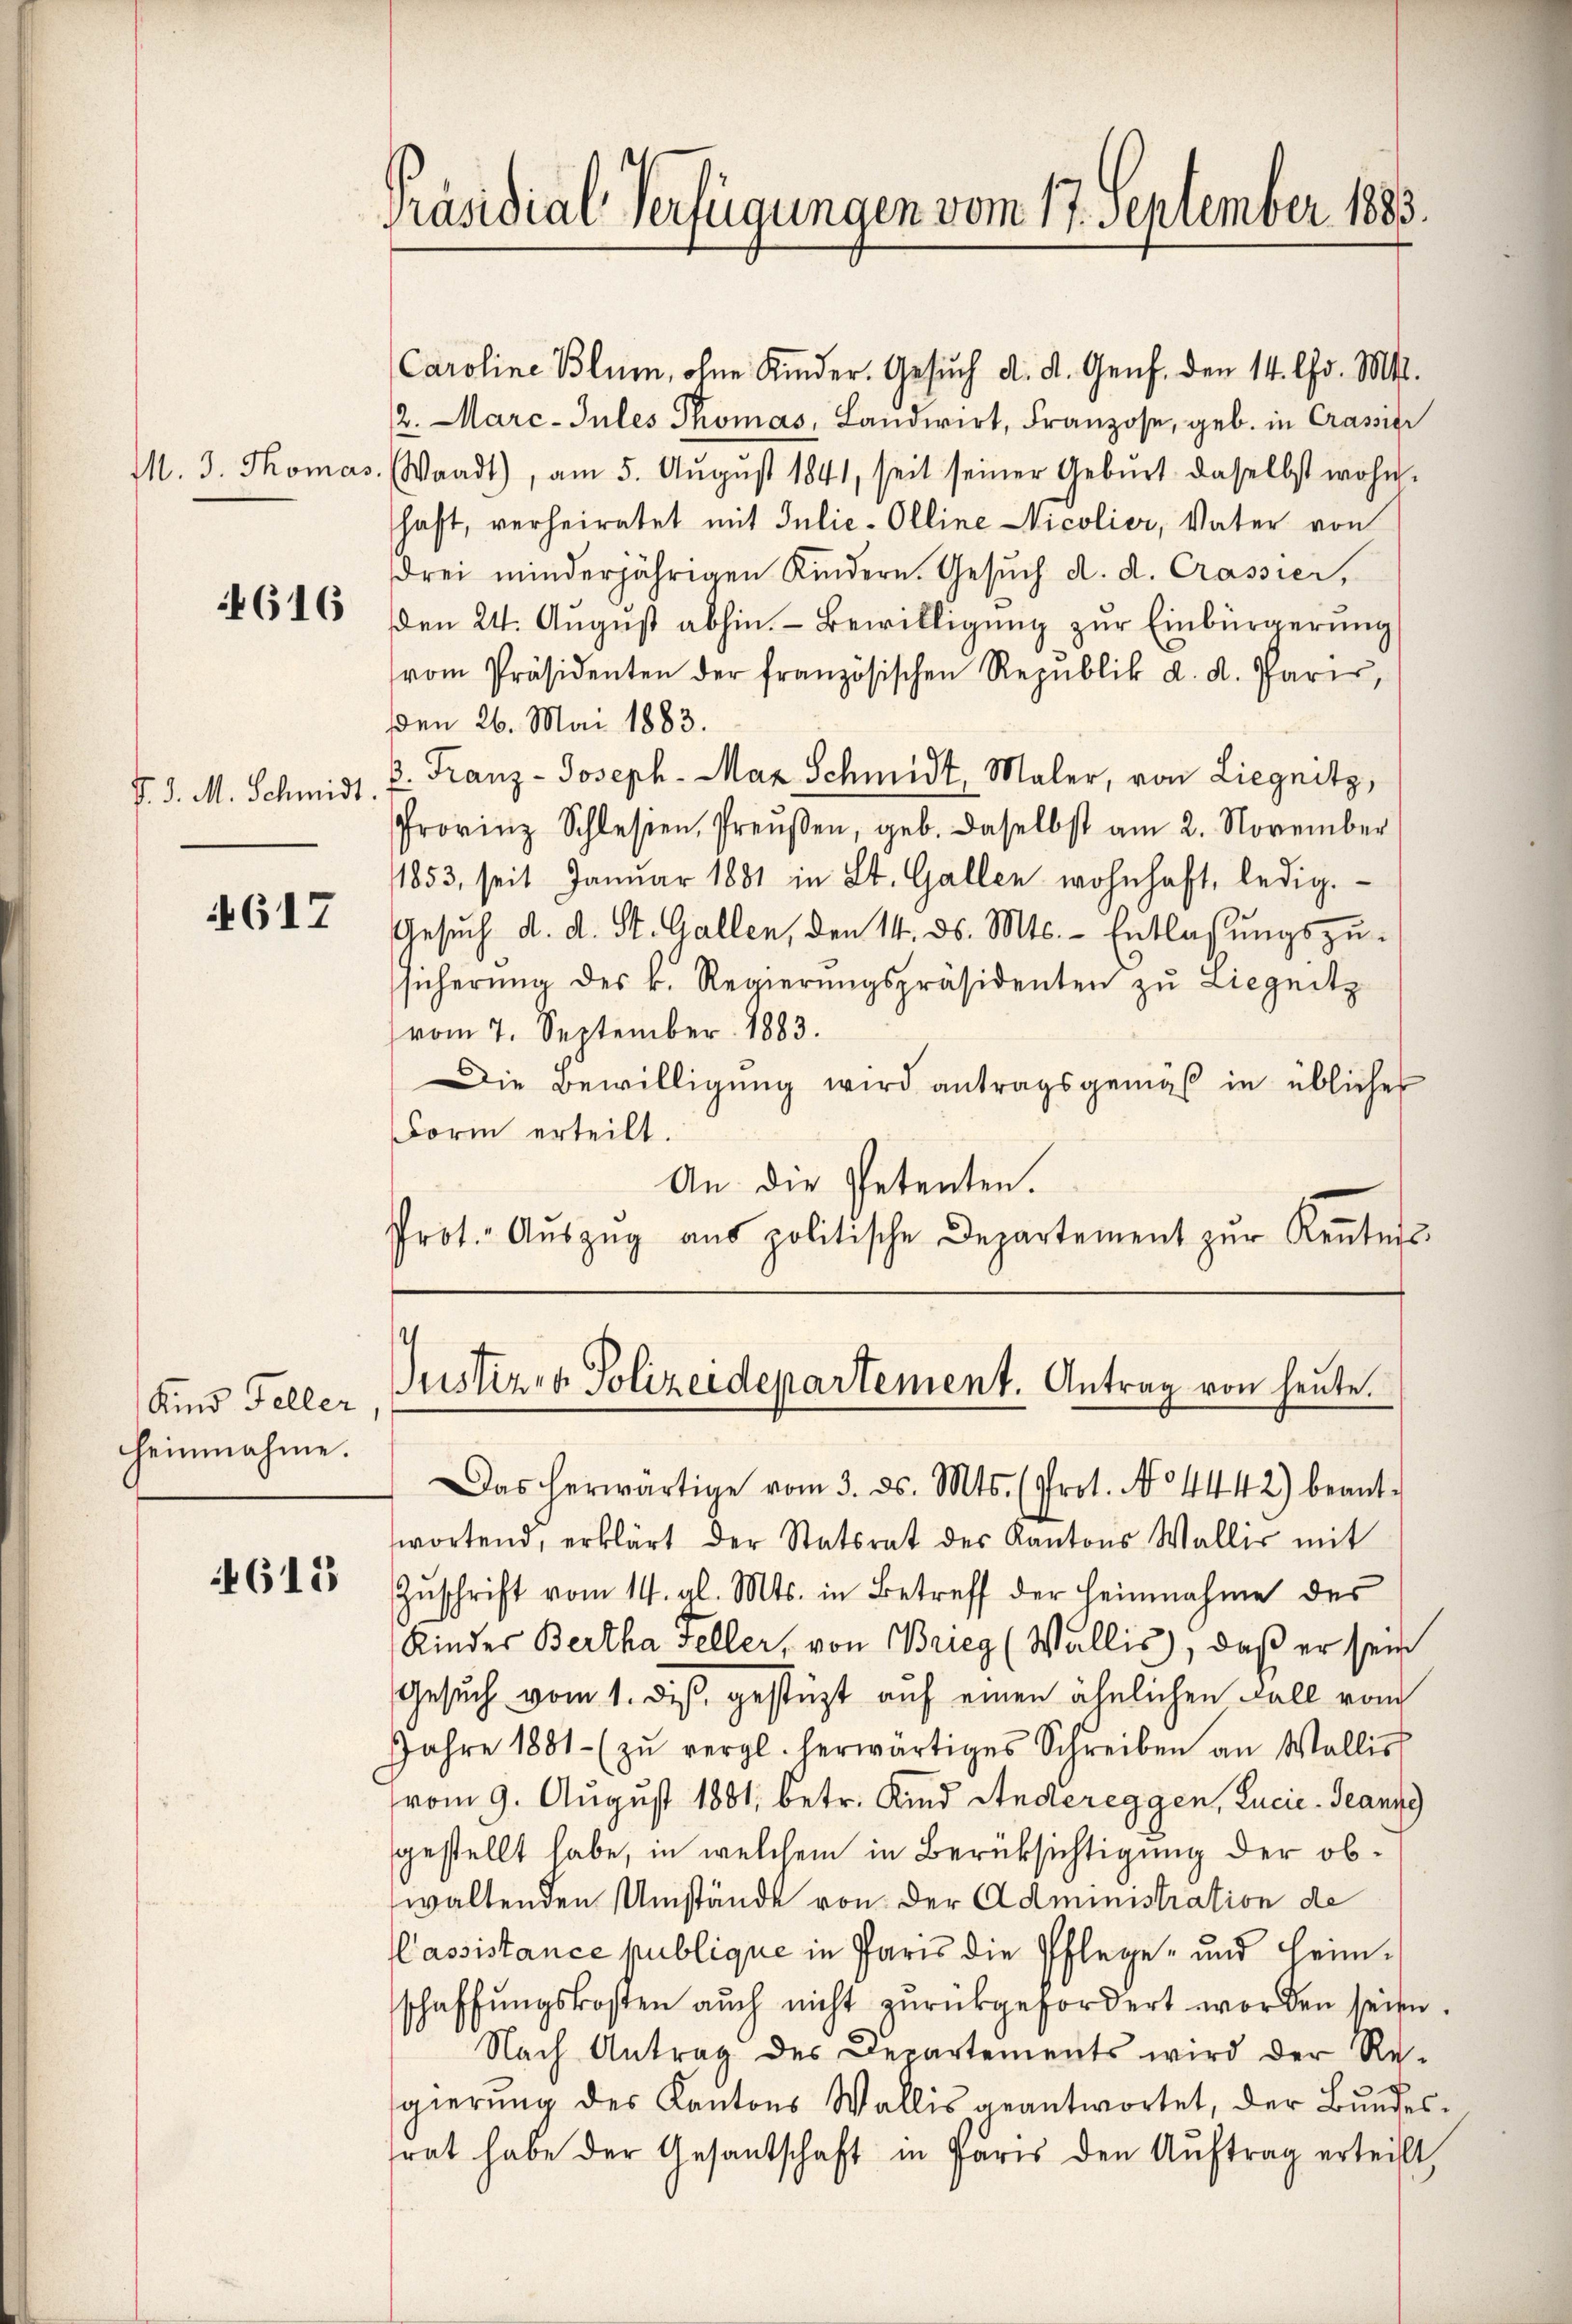
M. J. Thomas

4616

J. J. M. Schmidt.

617

Kind Feller
heimnahme.

8613

Präsidial-Verfügungen vom 17. September 1883.

haft, verheiratet mit Julie-Olline Nicolier, Vater von
drei minderjährigen Kindern. Gesŭch d. d. Crassier,
den 24. August abhin. - Bewilligung zur Einbürgerung
vom Präsidenten der französischen Republik d. d. Parer,
Den 26. Mai 1883.
B. Franz-Joseph-Maz Schmidt, Maler, von Liegnitz,
Provinz Schlesien, Preŭβen, geb. daselbst am 2. November
1853, seit Janŭar 1881 in St. Gallen wohnhaft, ledig.
Gesŭch d. d. St. Gallen, den 14. ds. Mts. - Entlassŭngszu-
sicherŭng des k. Regierŭngspräsidenten zŭ Liegnitz
vom 7. September 1883.
Die Bewilligŭng wird antragsgemäß in üblicher
Form erteilt.
An die Petenten.
Prot. Aŭszŭg aŭs politische Departement zŭr Kennters-

Caroline Blum, ohne Kinder. Gesuch d. d. Genf. den 14. Chr. Mts.
2. Marc-Jules Thomas, Landwirt, Franzose, geb. in Crassier
Waadt), am 5. Aŭgŭst 1841, seit seiner Gebŭrt daselbst wohn-

Justiz- & Polizeidepartement. Antrag von heute.

Das herwärtige vom 3. ds. Mts. (Prot. No 4442) beant-
wortend, erklärt der Statsrat des Kantons Wallis mit
Zŭschrift vom 14. gl. Mts. in Betreff der Heinnahme des
Kinder Bertha Feller, von Brieg (Wallis, daß er sein
Gesuch vom 1. des gestüzt auf einen ähnlichen Fall vom
Jahre 1881 (zŭ vergl. herwärtiges Schreiben an Wallis
vom 9. August 1881, betr. Kind Andereggen, Lucie-Geanzg
gestellt habe, in welchem in Berücksichtigung der obwaltenden Umstände von der Administration de
Passistance publique in Paris die Pflege- und Heimschaffungskosten auch nicht zurückgefordert worden seiten
Nach Antrag des Departements wird der Regierung des Kantons Wallis geantwortet, der Bundesrat habe der Gesandschaft in Paris den Aŭftrag erteilt